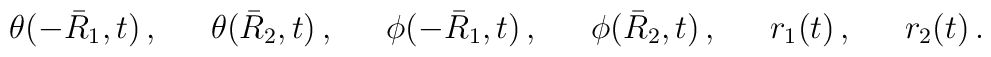
\theta(-\bar R_1,t) \,, \kern 0.25in\theta(\bar R_2,t) \,, \kern 0.25in\phi(-\bar R_1,t) \,, \kern 0.25in\phi(\bar R_2,t) \,, \kern 0.25inr_1(t) \,, \kern 0.25inr_2(t) \,.